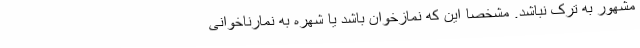
مشهور به ترک نباشد. مشخصا این که نمازخوان باشد یا شهره به نمارناخوانی